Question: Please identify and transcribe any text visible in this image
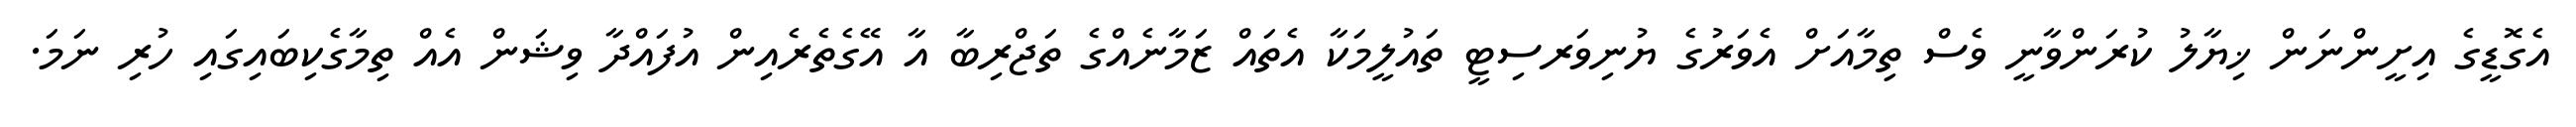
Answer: އެގޮޑީގެ އިށީންނަން ޚިޔާލު ކުރަންވާނީ ވެސް ތިމާއަށް އެވަރުގެ ޔުނިވަރސިޓީ ތައުލީމަކާ އެތައް ޒަމާނެއްގެ ތަޖްރިބާ އާ އޭގެތެރެއިން އުފައްދާ ވިޝަން އެއް ތިމާގެކިބައިގައި ހުރި ނަމަ.